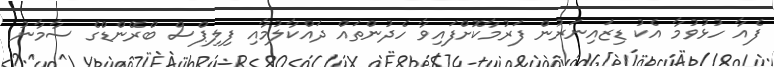
ފެއާ ހުޅުވުމާ އެކު ޑިޒައިނަރުން ފަރުމާކޮށްފައިވާ ހެދުންތައް ދައްކާލުމާއި ފިލިޕްސް ބްރޭންޑްގެ ސާމާނު